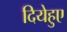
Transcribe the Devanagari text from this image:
दियेहुए